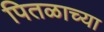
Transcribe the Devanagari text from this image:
पितळाच्या